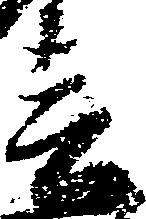
春